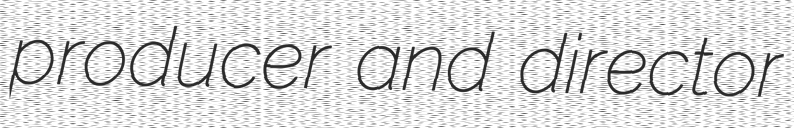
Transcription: producer and director